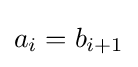
a_{i}=b_{i+1}